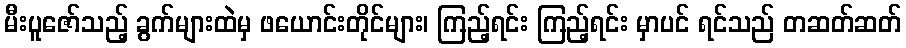
မီးပူဇော်သည့် ခွက်များထဲမှ ဖယောင်းတိုင်များ၊ ကြည့်ရင်း ကြည့်ရင်း မှာပင် ရင်သည် တဆတ်ဆတ်